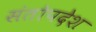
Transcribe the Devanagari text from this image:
संतोपदेश